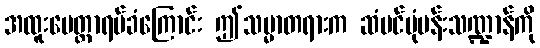
အထူးမေတ္တာရပ်ခံကြောင်း ဤသမ္မာတရားက ဆံပင်ပုံပန်းသဏ္ဍာန်ကို